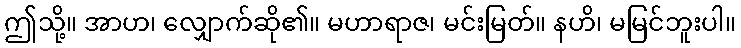
ဤသို့။ အာဟ၊ လျှောက်ဆို၏။ မဟာရာဇ၊ မင်းမြတ်။ နဟိ၊ မမြင်ဘူးပါ။